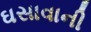
ઘસાવાની